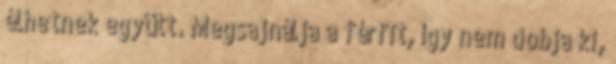
élhetnek együtt. Megsajnálja a férfit, így nem dobja ki,